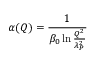
\alpha ( Q ) = { \frac { 1 } { \beta _ { 0 } \ln { \frac { Q ^ { 2 } } { \lambda _ { P } ^ { 2 } } } } }